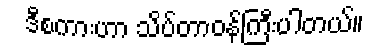
ဒီစကားဟာ သိပ်တာဝန်ကြီးပါတယ်။